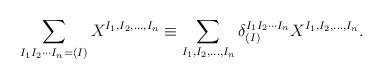
LaTeX: \begin{align*}\sum_{I_1 I_2 \cdots I_n = (I)} X^{I_1, I_2, \ldots, I_n} \equiv \sum_{I_1, I_2, \ldots, I_n} \delta^{I_1 I_2 \cdots I_n}_{(I)} X^{I_1, I_2, \ldots, I_n}.\end{align*}